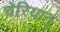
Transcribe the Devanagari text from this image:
चेरियान्